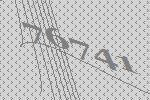
76741